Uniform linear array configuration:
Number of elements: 32
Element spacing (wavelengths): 1
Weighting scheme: binomial
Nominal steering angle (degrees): -60
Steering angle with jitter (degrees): -59.012
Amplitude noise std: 0.05
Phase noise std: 0.05

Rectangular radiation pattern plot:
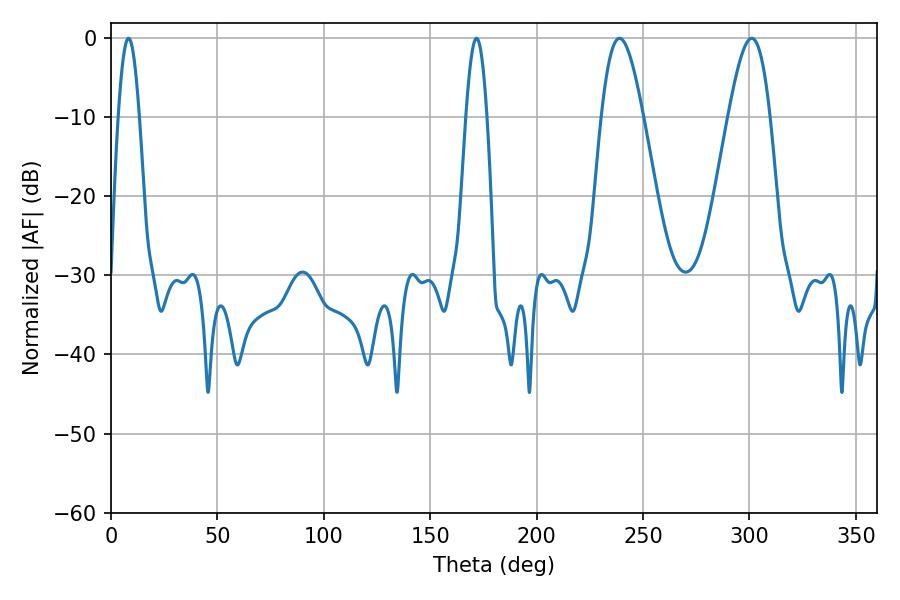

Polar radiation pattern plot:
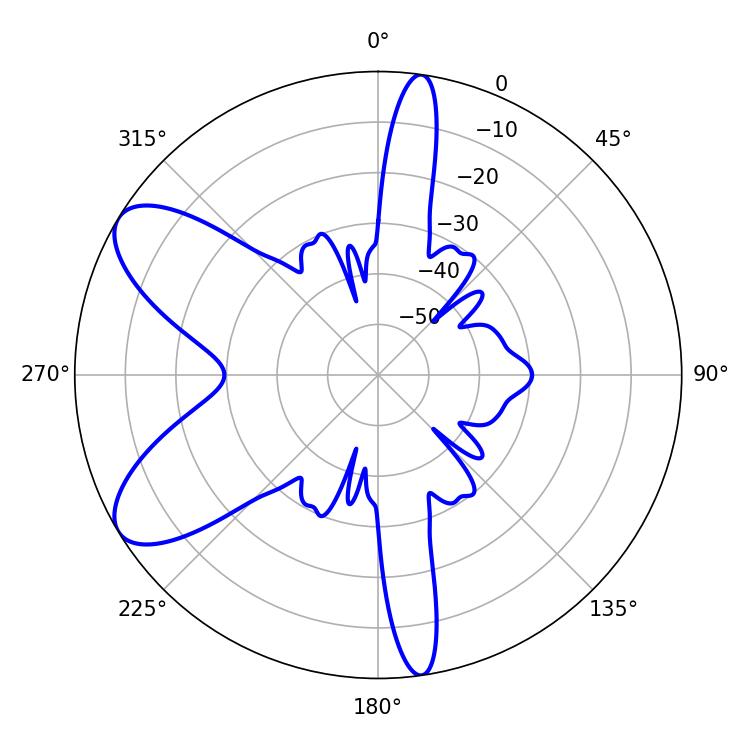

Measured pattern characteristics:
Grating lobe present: TRUE
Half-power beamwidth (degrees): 5.4
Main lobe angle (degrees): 8.28